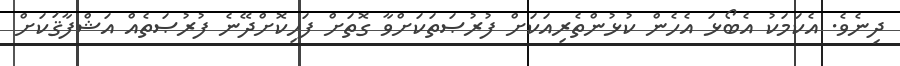
ދިނެވެ. އެކަމަކު އެބޯޅަ އެހެން ކުޅުންތެރިއަކަށް ފުރުޞަތަކަށްވާ ގޮތަށް ފަހިކޮށްދޭނެ ފުރުޞަތެއް އަޝްފާޤަކަށް